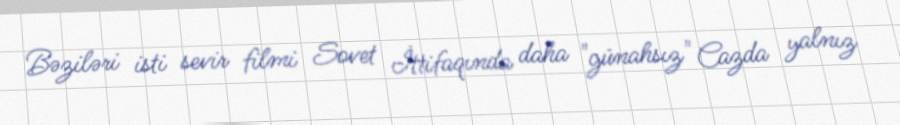
Bəziləri isti sevir filmi Sovet İttifaqında daha "günahsız" Cazda yalnız